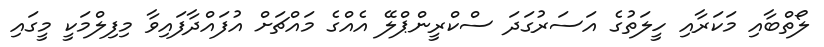
ލޯތްބާއި މަކަރާއި ހީލަތުގެ އަސަރުގަދަ ސްކްރީންޕްލޭ އެއްގެ މައްޗަށް އުފައްދާފައިވާ މިފިލްމަކީ މީގައި